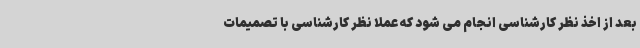
بعد از اخذ نظر کارشناسی انجام می شود که عملاً نظر کارشناسی با تصمیمات